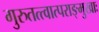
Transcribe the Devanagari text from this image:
गुरुतत्त्वात्पराङ्मुखाः